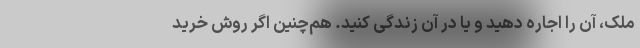
ملک، آن را اجاره دهید و یا در آن زندگی کنید. هم‌چنین اگر روش خرید